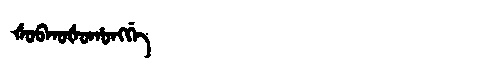
Manchu: ᡧᠣᠪᡴᠣᡧᠣᡥᠣᠩᡤᡝ
Romanization: ŠOBKOŠOHONGGE